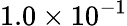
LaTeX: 1.0\times 10^{-1}